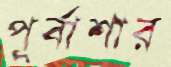
পূর্বাশার